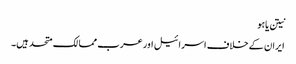
نیتن یاہو
ایران کے خلاف اسرائیل اور عرب ممالک متحد ہیں۔